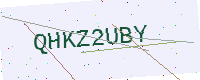
Text: QHKZ2UBY